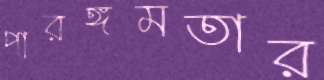
পারঙ্গমতার